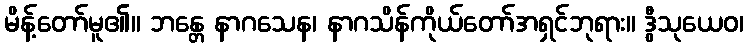
မိန့်တော်မူ၏။ ဘန္တေ နာဂသေန၊ နာဂသိန်ကိုယ်တော်အရှင်ဘုရား။ ဒွီသုယေဝ၊